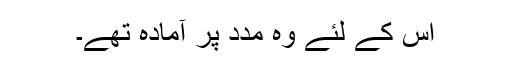
اس کے لئے وہ مدد پر آمادہ تھے۔